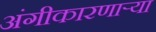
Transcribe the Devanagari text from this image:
अंगीकारणाऱ्या